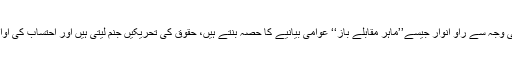
اس قسم کے سانحات کی وجہ سے راؤ انوار جیسے’’ماہر مقابلے باز‘‘ عوامی بیانیے کا حصہ بنتے ہیں، حقوق کی تحریکیں جنم لیتی ہیں اور احتساب کی آوازوں کو توانا کرتی ہیں۔